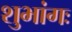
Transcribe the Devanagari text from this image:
शुभांगः